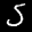
Label: 5